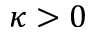
\kappa > 0